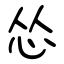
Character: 怂